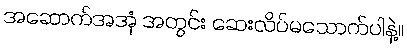
အဆောက်အအုံ အတွင်း ဆေးလိပ်မသောက်ပါနဲ့။